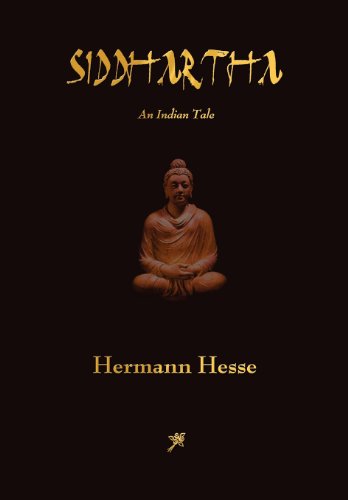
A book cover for Siddhartha; Hermann Hesse; Literature & Fiction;